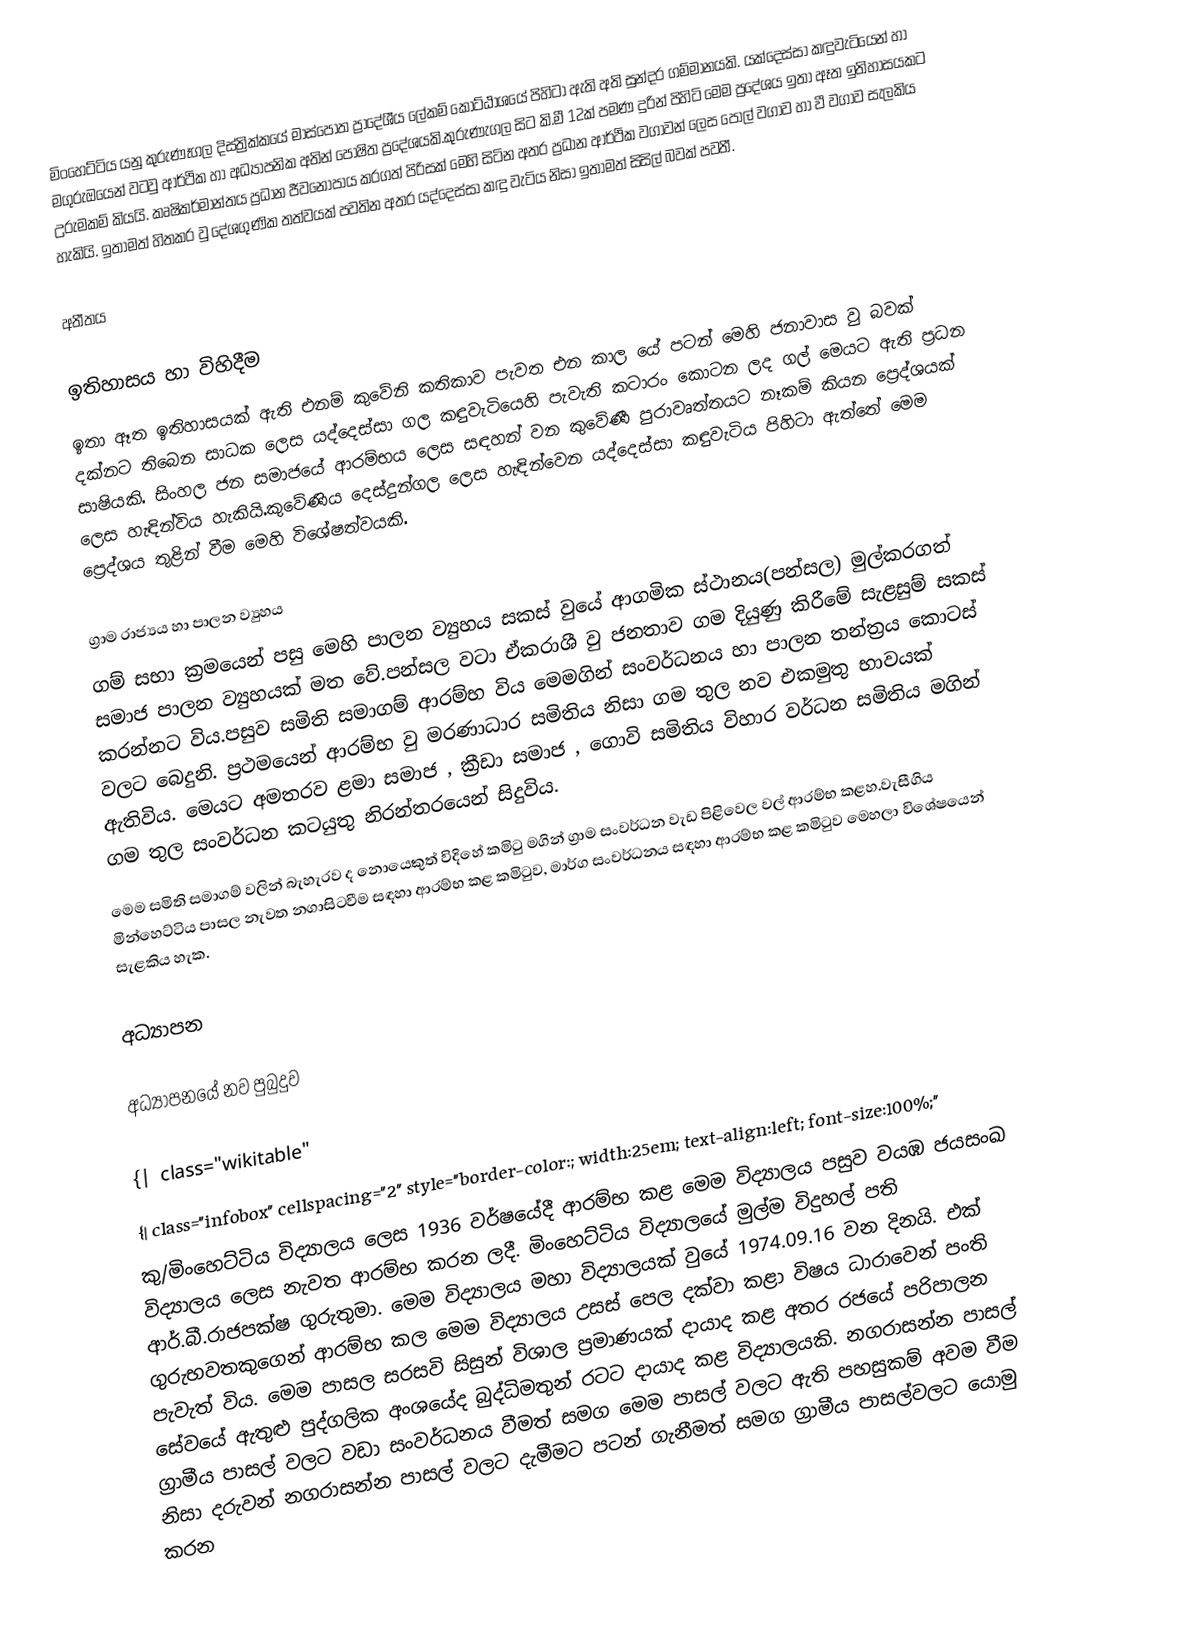
මිංහෙට්ටිය යනු කුරුණෑගල  දිස්ත්‍රික්කයේ මාස්පොත ප්‍රාදේශීය ලේකම් කොට්ඨාශයේ පිහිටා ඇති අති සුන්දර ගම්මානයකි. යක්දෙස්සා කඳුවැටියෙන් හා මගුරුඔයෙන් වටවු ආර්ථික හා අධ්‍යාපනික අතින් පෝෂිත ප්‍රදේශයකි.කුරුණැගල සිට කි.මී 12ක් පමණ දුරින් පිහිටි මෙම ප්‍රදේශය ඉතා ඈත ඉතිහාසයකට උරුමකම් කියයි. කෘෂිකර්මාන්තය ප්‍රධාන ජීවනෝපාය කරගත් පිරිසක් මෙහි සිටින අතර ප්‍රධාන ආර්ථික වගාවන් ලෙස පොල් වගාව හා  වී වගාව  සැලකිය හැකියි. ඉතාමත් හිතකර වු දේශගුණික තත්වයක් පවතින අතර යද්දෙස්සා කඳු වැටිය නිසා ඉතාමත් සිසිල් බවක් පවතී.

අතීතය

ඉතිහාසය හා විහිදීම
ඉතා ඈත ඉතිහාසයක් ඇති එනම් කුවේනි කතිකාව පැවත එන කාල යේ පටන් මෙහි ජනාවාස වු බවක් දක්නට තිබෙන සාධක ලෙස යද්දෙස්සා ගල කඳුවැටියෙහි පැවැති කටාරං කොටන ලද ගල් මෙයට ඇති ප්‍රධන සාෂියකි. සිංහල ජන සමාජයේ ආරම්භය ලෙස සඳහන් වන කුවේණී පුරාවෘත්තයට නෑකම් කියන ප්‍රෙද්ශයක් ලෙස හැඳින්විය හැකියි.කුවේණිය දෙස්දුන්ගල ලෙස හැඳින්වෙන යද්දෙස්සා කඳුවැටිය පිහිටා ඇත්තේ මෙම ප්‍රෙද්ශය තුළින් වීම මෙහි විශේෂත්වයකි.

ග්‍රාම රාජ්‍යය හා පාලන ව්‍යුහය
ගම් සභා ක්‍රමයෙන් පසු මෙහි පාලන ව්‍යුහය සකස් වුයේ ආගමික ස්ථානය(පන්සල) මුල්කරගත් සමාජ පාලන ව්‍යුහයක් මත වේ.පන්සල වටා ඒකරාශී වු ජනතාව ගම දියුණු කිරීමේ සැළසුම් සකස් කරන්නට විය.පසුව සමිති සමාගම් ආරම්භ විය මෙමගින් සංවර්ධනය හා පාලන තන්ත්‍රය කොටස් වලට බෙදුනි. ප්‍රථමයෙන් ආරම්භ වු මරණාධාර සමිතිය නිසා ගම තුල නව එකමුතු භාවයක් ඇතිවිය. මෙයට අමතරව ළමා සමාජ , ක්‍රීඩා සමාජ , ගොවි සමිතිය විහාර වර්ධන සමිතිය මගින් ගම තුල සංවර්ධන කටයුතු නිරන්තරයෙන් සිදුවිය.
මෙම සමිති සමාගම් වලින් බැහැරව ද නොයෙකුත් විදිහේ  කමිටු මගින් ග්‍රාම සංවර්ධන වැඩ පිළිවෙල වල් ආරම්භ කළහ.වැසීගිය මින්හෙට්ටිය පාසල නැවත නගාසිටවීම සඳහා ආරම්භ කළ කමිටුව, මාර්ග සංවර්ධනය සඳහා ආරම්භ කළ කමිටුව මෙහලා විශේෂයෙන් සැළකිය හැක.

අධ්‍යාපන

අධ්‍යාපනයේ නව පුබුදුව

{| class="wikitable"
{| class="infobox" cellspacing="2" style="border-color:; width:25em; text-align:left; font-size:100%;"
කු/මිංහෙට්ටිය විද්‍යාලය ලෙස 1936 වර්ෂයේදී ආරම්භ කළ මෙම විද්‍යාලය පසුව වයඹ ජයසංඛ විද්‍යාලය ලෙස නැවත ආරම්භ කරන ලදී. මිංහෙට්ටිය විද්‍යාලයේ මුල්ම විදුහල් පති ආර්.බී.රාජපක්ෂ ගුරුතුමා. මෙම විද්‍යාලය මහා විද්‍යාලයක් වුයේ 1974.09.16 වන දිනයි. එක් ගුරුභවතකුගෙන් ආරම්භ කල මෙම විද්‍යාලය උසස් පෙල දක්වා කළා විෂය ධාරාවෙන් පංති පැවැත් විය. මෙම පාසල සරසවි සිසුන් විශාල ප්‍රමාණයක් දායාද කළ අතර රජයේ පරිපාලන සේවයේ ඇතුළු පුද්ගලික අංශයේද බුද්ධිමතුන් රටට දායාද කළ විද්‍යාලයකි. නගරාසන්න පාසල් ග්‍රාමීය පාසල් වලට වඩා සංවර්ධනය වීමත් සමග මෙම පාසල් වලට ඇති පහසුකම් අවම වීම නිසා දරුවන් නගරාසන්න පාසල් වලට දැමීමට පටන් ගැනීමත් සමග ග්‍රාමීය පාසල්වලට යොමු කරන